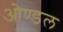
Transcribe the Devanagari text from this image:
ओण्डल